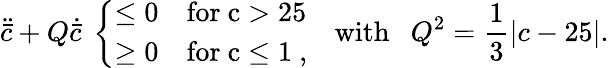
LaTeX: \ddot{\bar{c}}+Q\dot{\bar{c}}\ \left\{ \begin{array}{ll}{{\le 0}}&{{\mathrm{for~c>25~}}}\\ {{\ge 0}}&{{\mathrm{for~c\le 1~},}}\end{array}\right.\ \ \ \mathrm{with}\ \ \ Q^{2}={\frac{1}{3}}\vert c-25\vert.